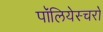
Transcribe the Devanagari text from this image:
पॉलियेस्चरों